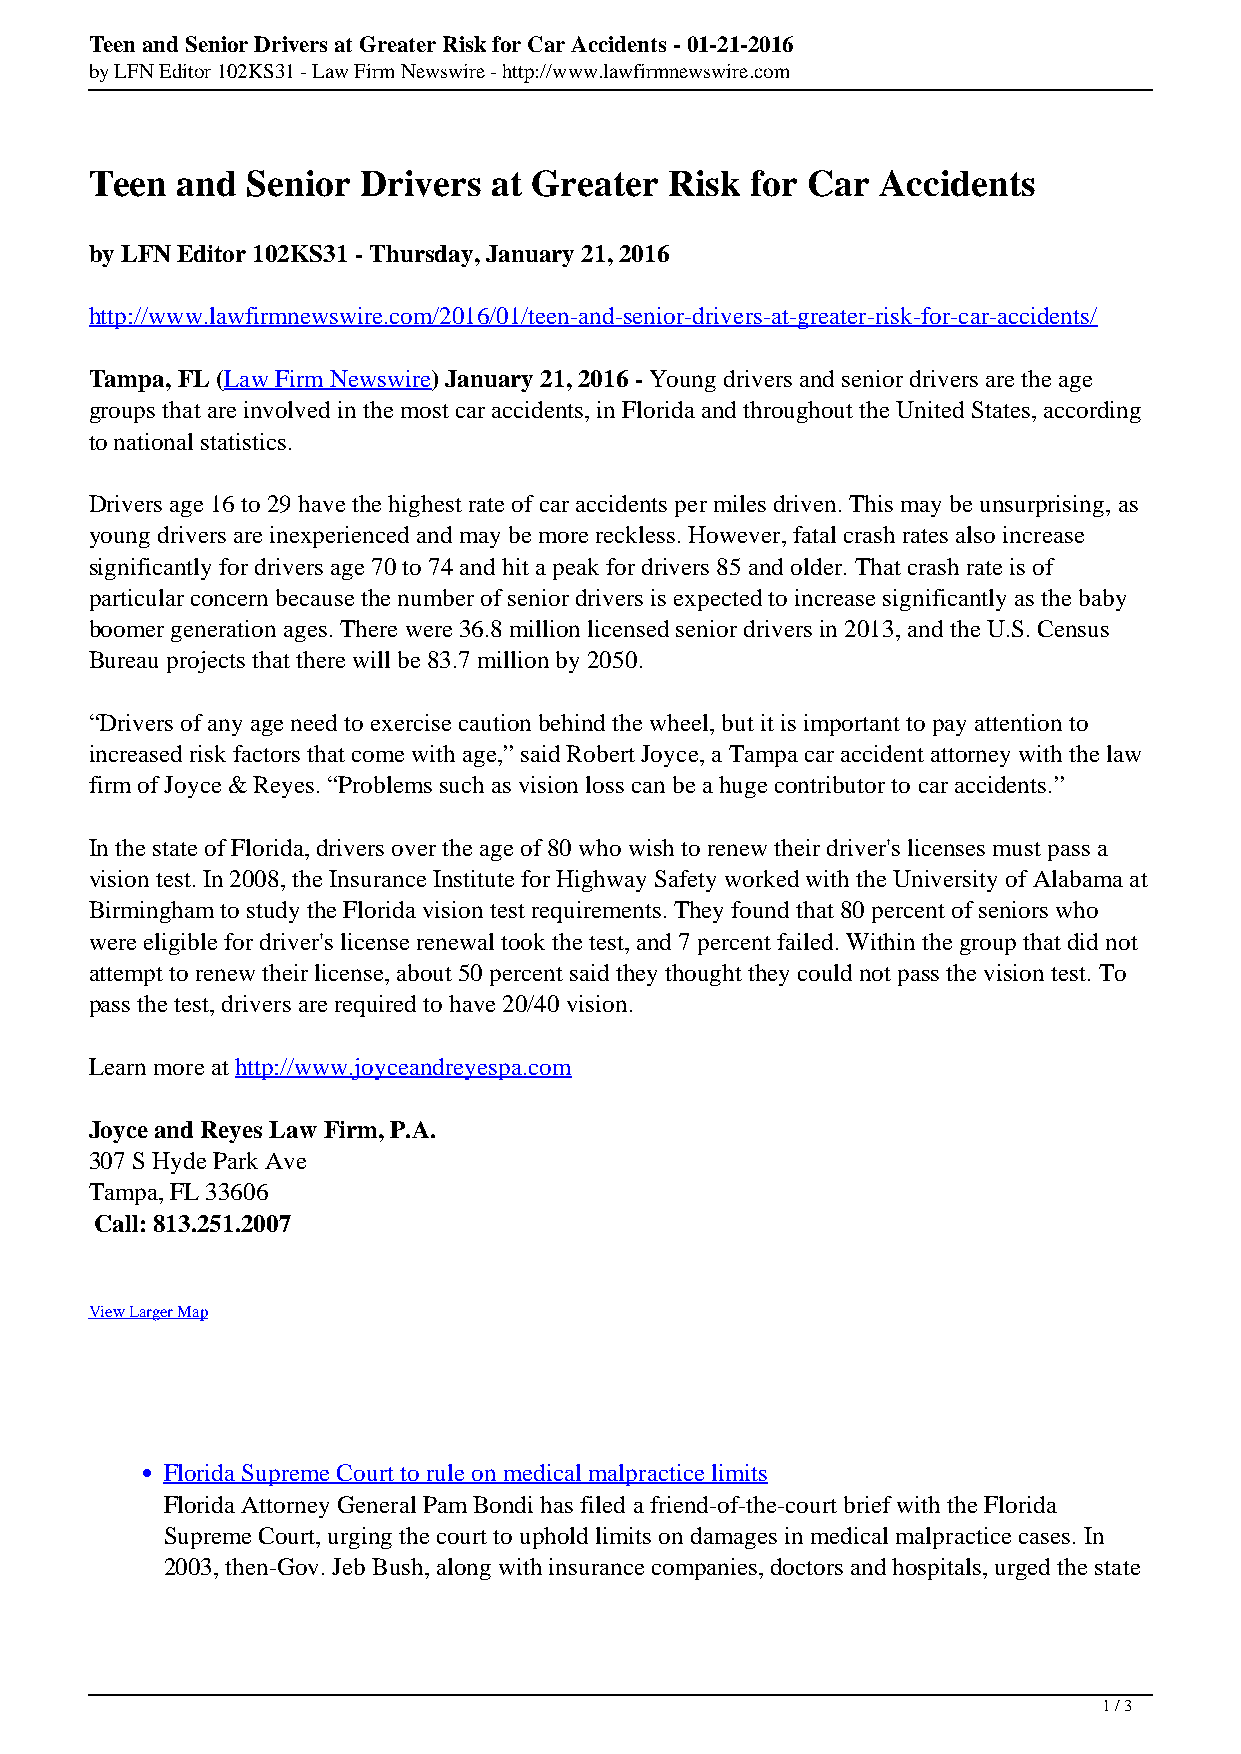
Teen and Senior Drivers at Greater Risk for Car Accidents - 01-21-2016
 by LFN Editor 102KS31 - Law Firm Newswire - http://www.lawfirmnewswire.com
 Teen  and Senior  Drivers at Greater  Risk  for Car Accidents
 by LFN Editor 102KS31 - Thursday, January 21, 2016
 http://www.lawfirmnewswire.com/2016/01/teen-and-senior-drivers-at-greater-risk-for-car-accidents/
 Tampa, FL (Law Firm Newswire) January 21, 2016 - Young drivers and senior drivers are the age
 groups that are involved in the most car accidents, in Florida and throughout the United States, according
 to national statistics.
 Drivers age 16 to 29 have the highest rate of car accidents per miles driven. This may be unsurprising, as
 young drivers are inexperienced and may be more reckless. However, fatal crash rates also increase
 significantly for drivers age 70 to 74 and hit a peak for drivers 85 and older. That crash rate is of
 particular concern because the number of senior drivers is expected to increase significantly as the baby
 boomer generation ages. There were 36.8 million licensed senior drivers in 2013, and the U.S. Census
 Bureau projects that there will be 83.7 million by 2050.
 “Drivers of any age need to exercise caution behind the wheel, but it is important to pay attention to
 increased risk factors that come with age,” said Robert Joyce, a Tampa car accident attorney with the law
 firm of Joyce & Reyes. “Problems such as vision loss can be a huge contributor to car accidents.”
 In the state of Florida, drivers over the age of 80 who wish to renew their driver's licenses must pass a
 vision test. In 2008, the Insurance Institute for Highway Safety worked with the University of Alabama at
 Birmingham to study the Florida vision test requirements. They found that 80 percent of seniors who
 were eligible for driver's license renewal took the test, and 7 percent failed. Within the group that did not
 attempt to renew their license, about 50 percent said they thought they could not pass the vision test. To
 pass the test, drivers are required to have 20/40 vision.
 Learn more at http://www.joyceandreyespa.com
 Joyce and Reyes Law Firm, P.A.
 307 S Hyde Park Ave
 Tampa, FL 33606
 Call: 813.251.2007
 View Larger Map
 Florida Supreme Court to rule on medical malpractice limits
 Florida Attorney General Pam Bondi has filed a friend-of-the-court brief with the Florida
 Supreme Court, urging the court to uphold limits on damages in medical malpractice cases. In
 2003, then-Gov. Jeb Bush, along with insurance companies, doctors and hospitals, urged the state
 1 / 3